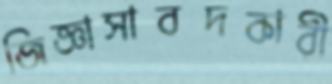
জিজ্ঞাসাবদকারী